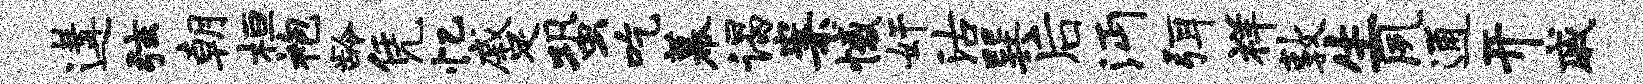
遘弦朝桓袍龄凭忆蹙蛩吃幕谒案憾奸沽巽后沔弭祥敦生夙通开戚